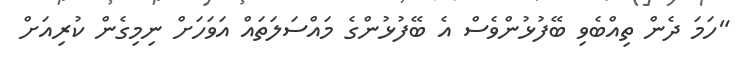
"ހަމަ ދެން ތިއްބެވި ބޭފުޅުންވެސް އެ ބޭފުޅުންގެ މައްސަލަތައް އަވަހަށް ނިމިގެން ކުރިއަށް